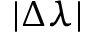
| \Delta \lambda |